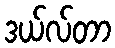
ဒယ်လ်တာ